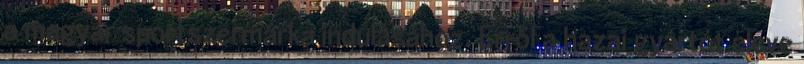
a magyar sportszermárka indulásához. Erről a hazai gyártót eleve